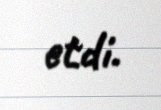
etdi.